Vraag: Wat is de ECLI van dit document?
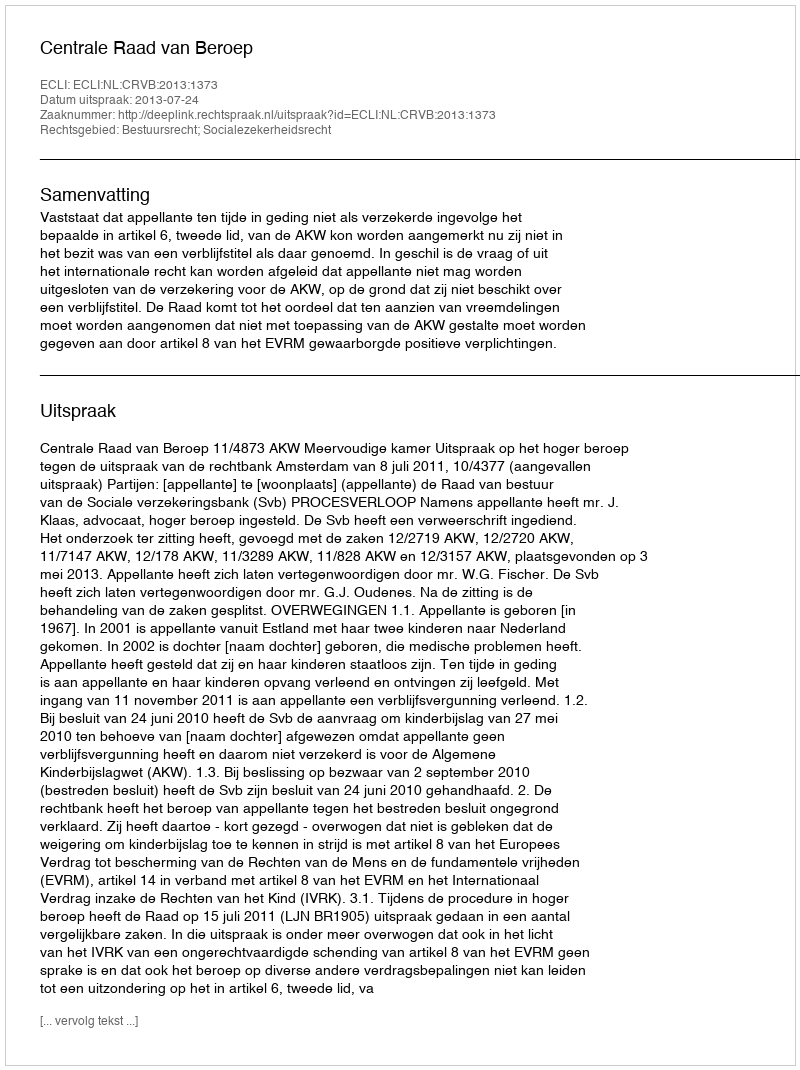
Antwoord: ECLI:NL:CRVB:2013:1373